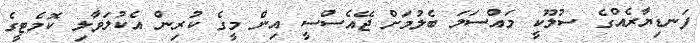
ފަނޑިޔާރެއްގެ ސުލޫކީ މައްސަލަ ބެލުމަށް ޖޭއެސްސީ އިން މީގެ ކުރިން އެކުލަވާލި ކޮމެޓީގެ